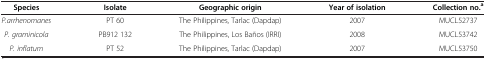
<table><thead><tr><td><b>Species</b></td><td><b>Isolate</b></td><td><b>Geographic origin</b></td><td><b>Year of isolation</b></td><td><b>Collection no.<sup>a</sup></b></td></tr></thead><tbody><tr><td><i>P.arrhenomanes</i></td><td>PT 60</td><td>The Philippines, Tarlac (Dapdap)</td><td>2007</td><td>MUCL52737</td></tr><tr><td><i>P. graminicola</i></td><td>PB912 132</td><td>The Philippines, Los Baños (IRRI)</td><td>2008</td><td>MUCL53742</td></tr><tr><td><i>P. inflatum</i></td><td>PT 52</td><td>The Philippines, Tarlac (Dapdap)</td><td>2007</td><td>MUCL53750</td></tr></tbody></table>